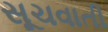
સૂચવાતી